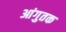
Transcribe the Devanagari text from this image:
आंगुतक